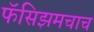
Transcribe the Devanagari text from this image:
फॅसिझमचाच